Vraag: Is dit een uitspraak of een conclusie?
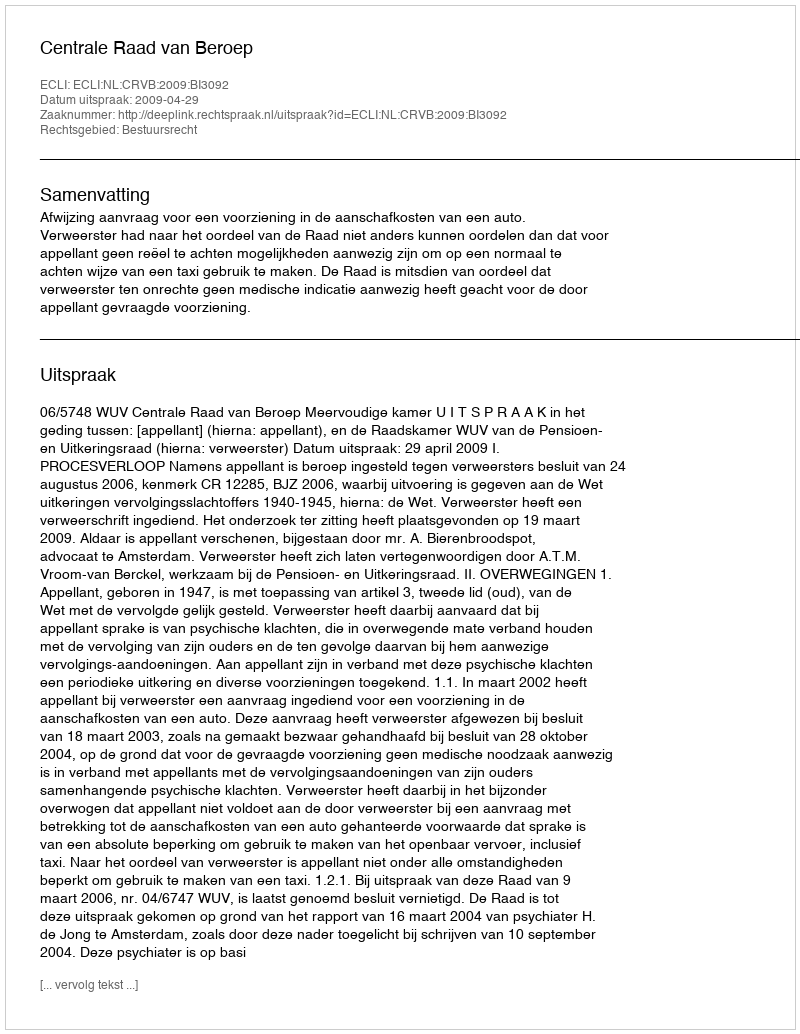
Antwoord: Uitspraak